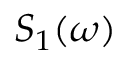
S _ { 1 } ( \omega )